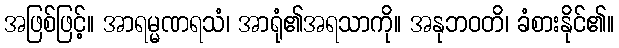
အဖြစ်ဖြင့်။ အာရမ္မဏရသံ၊ အာရုံ၏အရသာကို။ အနုဘဝတိ၊ ခံစားနိုင်၏။